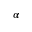
\alpha